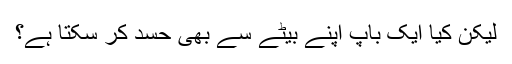
لیکن کیا ایک باپ اپنے بیٹے سے بھی حسد کر سکتا ہے؟